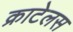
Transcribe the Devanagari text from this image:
क्राटेलस